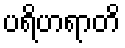
ပရိဟရာတိ